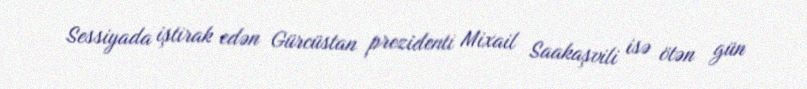
Sessiyada iştirak edən Gürcüstan prezidenti Mixail Saakaşvili isə ötən gün